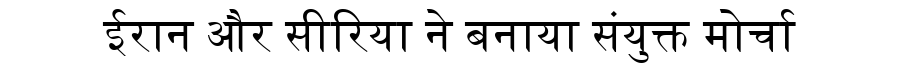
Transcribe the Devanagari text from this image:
ईरान और सीरिया ने बनाया संयुक्त मोर्चा